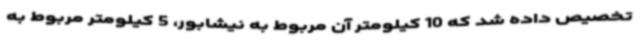
تخصیص داده شد که 10 کیلومتر آن مربوط به نیشابور، 5 کیلومتر مربوط به